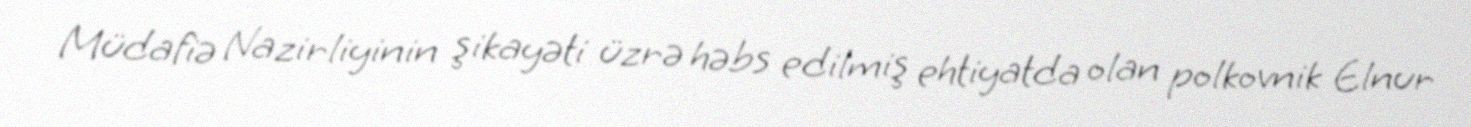
Müdafiə Nazirliyinin şikayəti üzrə həbs edilmiş ehtiyatda olan polkovnik Elnur